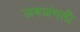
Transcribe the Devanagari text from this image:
जबजंगली